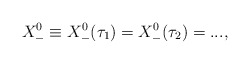
\begin{align*}X^0_-\equiv X^0_-(\tau_1)=X^0_-(\tau_2)=...,\end{align*}